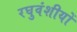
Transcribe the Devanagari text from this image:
रघुवंशीयों